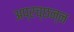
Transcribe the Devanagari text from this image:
अप्रच्छन्न